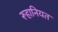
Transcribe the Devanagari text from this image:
रूहानियत